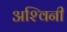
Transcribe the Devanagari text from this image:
अश्‍विनी